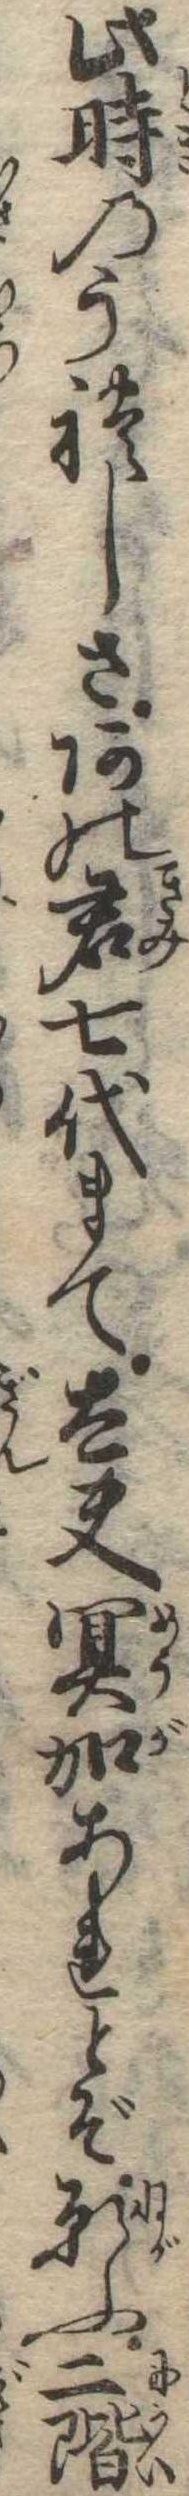
此時のうれしさあの君七代まで太夫冥加あれとぞ願ふ二階